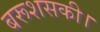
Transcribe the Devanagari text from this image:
बरूशसकी।